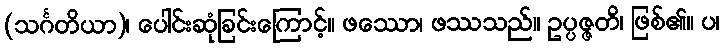
(သင်္ဂတိယာ)၊ ပေါင်းဆုံခြင်းကြောင့်။ ဖဿော၊ ဖဿသည်။ ဥပ္ပဇ္ဇတိ၊ ဖြစ်၏။ ပ၊